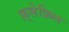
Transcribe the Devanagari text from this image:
फ़्लेफ़िल